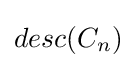
desc(C_{n})